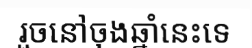
រួចនៅចុងឆ្នាំនេះទេ